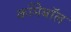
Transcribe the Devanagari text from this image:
काँमेबॉल